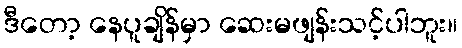
ဒီတော့ နေပူချိန်မှာ ဆေးမဖျန်းသင့်ပါဘူး။